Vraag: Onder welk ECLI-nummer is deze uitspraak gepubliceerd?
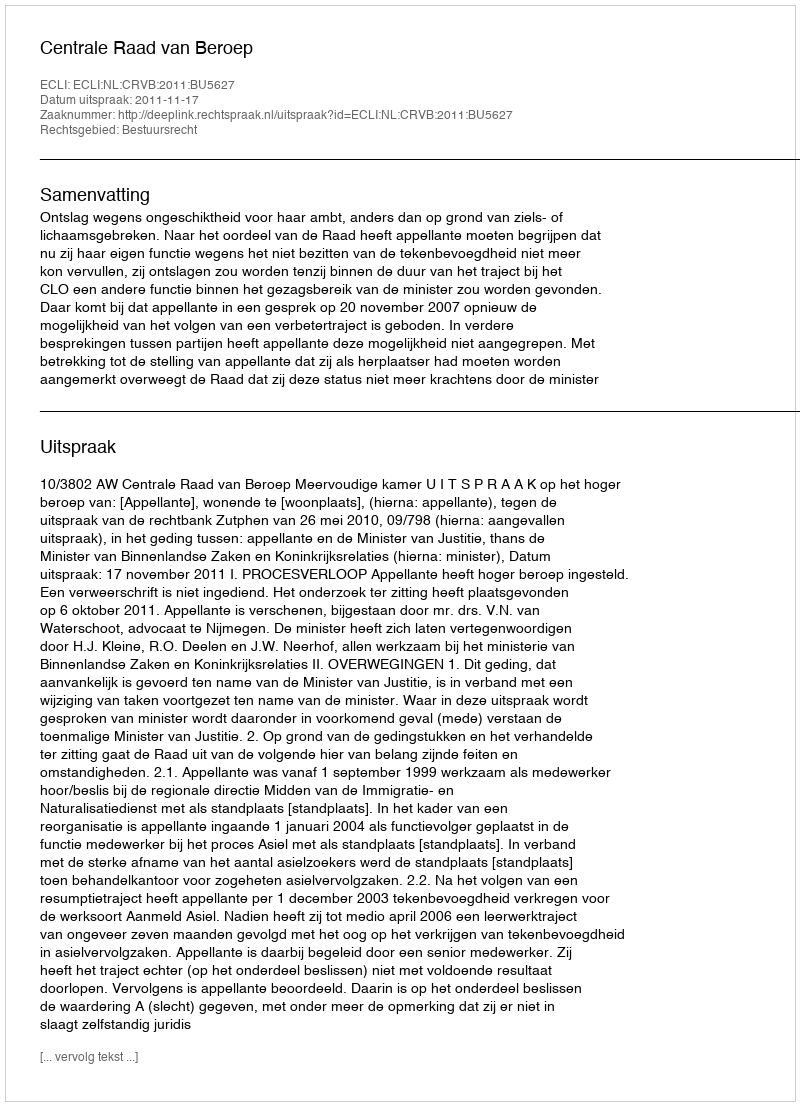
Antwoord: ECLI:NL:CRVB:2011:BU5627